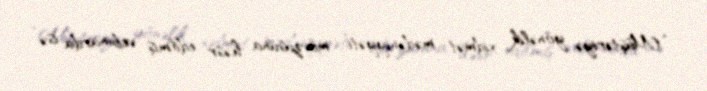
“Müştəriyə yönəlik xidmət mədəniyyəti” mövzusuna həsr edilmiş vebinarda isə